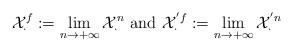
LaTeX: \begin{align*}{\cal X}^{f} _{\cdot} := \lim_{n \rightarrow + \infty} {\cal X}_{\cdot}^{n} \,\,{\rm and} \,\,{\cal X}^{' f} _{\cdot} := \lim_{n \rightarrow + \infty} {\cal X}_{\cdot}^{' n}\end{align*}